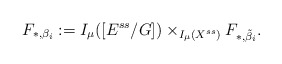
\begin{align*}F_{*,\beta_i}:=I_{\mu}([E^{ss}/G])\times_{I_{\mu}(X^{ss})}F_{*,\tilde{\beta}_i}.\end{align*}